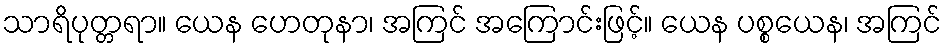
သာရိပုတ္တရာ။ ယေန ဟေတုနာ၊ အကြင် အကြောင်းဖြင့်။ ယေန ပစ္စယေန၊ အကြင်